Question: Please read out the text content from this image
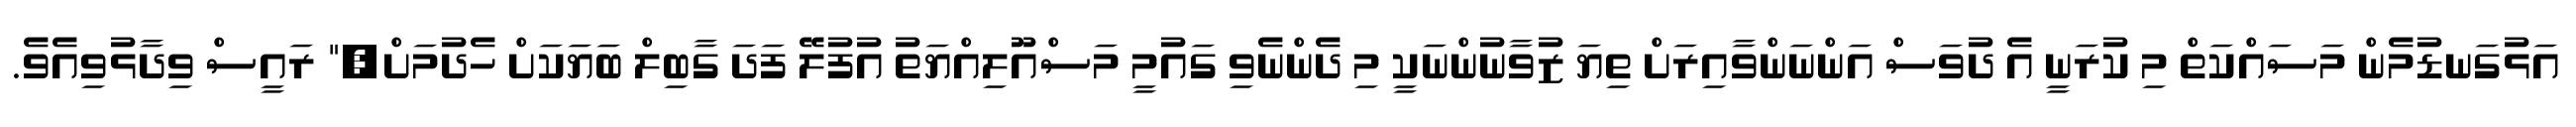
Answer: އަޅުގަނޑުމެން މަސައްކަތް މި ކުރަނީ އެ ދުވަސް އަންނަންވާއިރަށް ތިޔަ ޒުވާނުންނަކީ މި ދެންނެވި ގައުމީ މަސްއޫލިއްޔަތު އުފުލޭ ފަދަ ގާބިލް ބަޔަކަށް ހެދުމަށް," ރައީސް ވިދާޅުވިއެވެ.